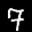
Label: 7